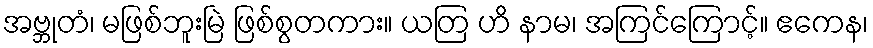
အဗ္ဘုတံ၊ မဖြစ်ဘူးမြဲ ဖြစ်စွတကား။ ယတြ ဟိ နာမ၊ အကြင်ကြောင့်။ ဧကေန၊